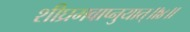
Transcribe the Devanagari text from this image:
शीघ्रमवाप्नुयात्॥४॥